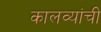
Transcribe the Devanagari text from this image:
कालव्यांची